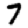
Digit: 7